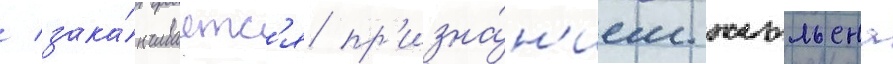
/ зака́нчиваетс'я пр'изна́н'ием жюльена